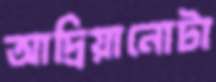
আদ্রিয়ানোটা